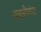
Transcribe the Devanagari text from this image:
वाङ्‍मीमांसा